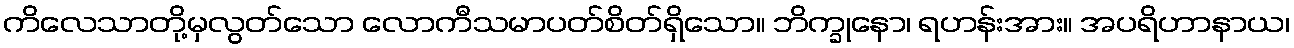
ကိလေသာတို့မှလွတ်သော လောကီသမာပတ်စိတ်ရှိသော။ ဘိက္ခုနော၊ ရဟန်းအား။ အပရိဟာနာယ၊